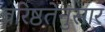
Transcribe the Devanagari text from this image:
वरिष्ठतेनुसार